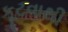
કૂટવાથી